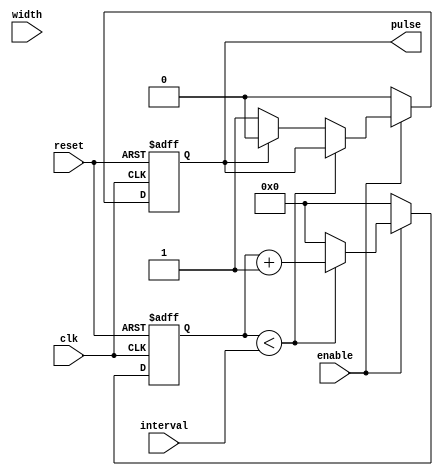
module synchronous_pulse_generator (
    input wire clk,
    input wire reset,
    input wire enable,
    input wire [7:0] interval,
    input wire [7:0] width,
    output reg pulse
);

reg [7:0] counter;

always @(posedge clk or posedge reset) begin
    if (reset) begin
        counter <= 8'h00;
        pulse <= 1'b0;
    end else begin
        if (enable) begin
            if (counter < interval) begin
                counter <= counter + 1;
            end else begin
                counter <= 8'h00;
                if (pulse) begin
                    pulse <= 1'b0;
                end else begin
                    pulse <= 1'b1;
                end
            end
        end else begin
            counter <= 8'h00;
            pulse <= 1'b0;
        end
    end
end

endmodule